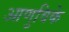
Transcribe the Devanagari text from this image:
आणुविके